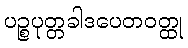
ပဉ္စပုတ္တခါဒပေတဝတ္ထု